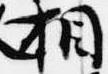
相